Lunatic asylums Punjab 1895-1910 - 1895-1910
Year: 1895
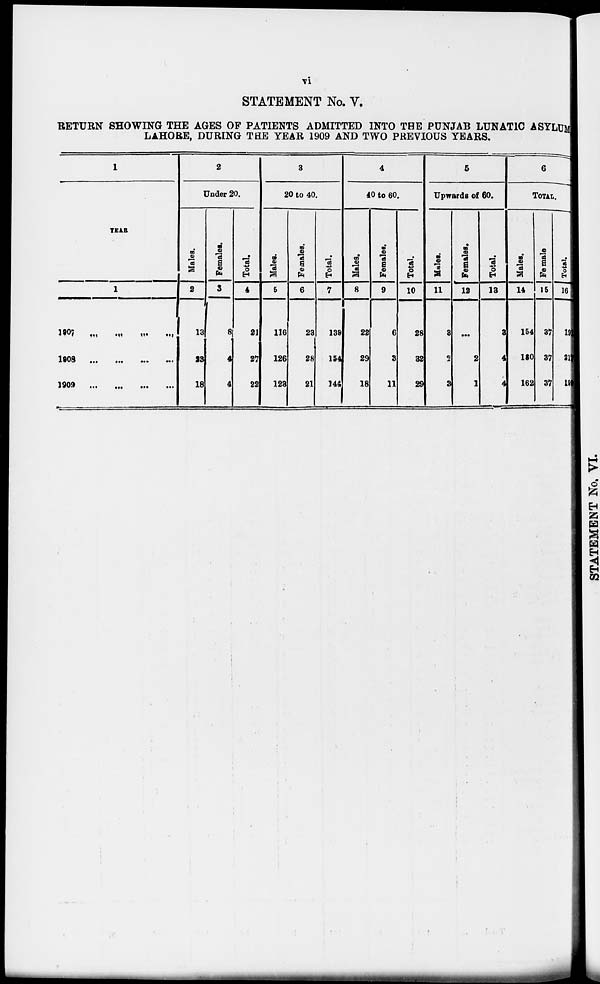
vi
STATEMENT No. V.
RETURN SHOWING THE AGES OF PATIENTS ADMITTED INTO THE PUNJAB LUNATIC ASYLUM
LAHORE, DURING THE YEAR 1909 AND TWO PREVIOUS YEARS.
1
YEAR
1
1907 ... ... ... ...
1908
...
...
...
...
1909 ... ... ... ...
2
Under 20.
Males.
2
13
23
18
Females.
3
8
4
4
Total
4
21
27
22
3
20 to 40.
Males.
5
116
126
123
Females.
6
23
28
21
Total.
7
139
154
144
4
40 to 60.
Males.
8
22
29
18
Females.
9
6
8
11
Total.
10
28
32
29
5
Upwards of 60.
Males.
11
3
2
3
Females.
12
...
2
1
Total.
13
3
4
4
6
TOTAL.
Males.
14
154
180
162
Female.
15
37
37
37
Total.
16
19
2l
19